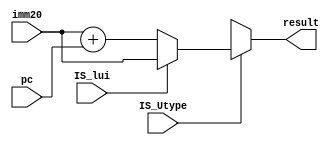
module utype_alu(
    input [31:0] imm20, //extend
    input [31:0] pc,
    input IS_lui,
    input IS_Utype,
    output wire [31:0] result
);

    // always @(posedge IS_Utype ) begin
    //     if(IS_Utype) begin
    //         if(IS_lui) begin
    //             result = imm20;
    //         end
    //         else begin
    //             result = imm20 + pc;
    //         end
    //     end
    //     else begin
    //         result = 32'hxxxx;
    //     end
    // end

    //function
    // alwaysIS_Utype

    function [31:0] utypealu(
        input [31:0] imm20,
        input [31:0] pc,
        input IS_lui,
        input IS_Utype
    );
        if(IS_Utype) begin
            if(IS_lui) begin
                utypealu = imm20;
            end
            else begin
                utypealu = imm20 + pc;
            end
        end
        else begin
            utypealu = 32'hxxxx;
        end
    endfunction

    assign result = utypealu(imm20, pc, IS_lui, IS_Utype);


endmodule